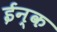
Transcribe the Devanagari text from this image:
ईन्क